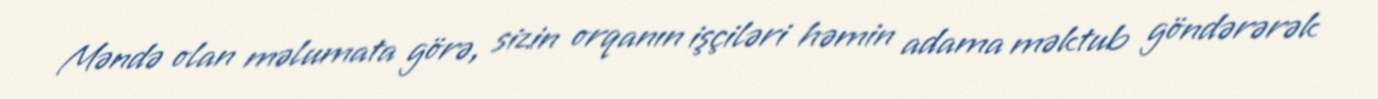
Məndə olan məlumata görə, sizin orqanın işçiləri həmin adama məktub göndərərək